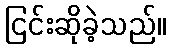
ငြင်းဆိုခဲ့သည်။